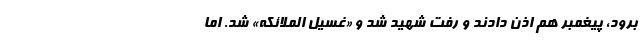
برود، پیغمبر هم اذن دادند و رفت شهید شد و «غسیل الملائکه» شد. اما